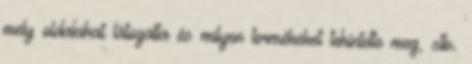
mely oldalakat látogatta és milyen termékeket tekintette meg, stb.